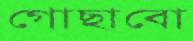
গোছাবো